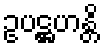
ဥပဋ္ဌဟန္တိ